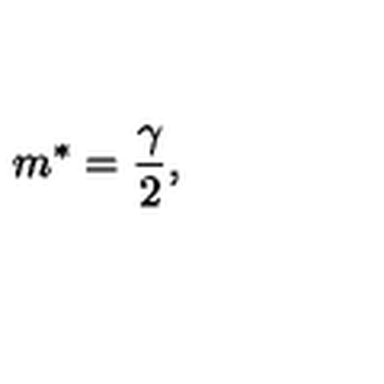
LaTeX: m \sp * = { \frac { \gamma } { 2 } } ,